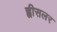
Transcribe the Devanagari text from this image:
ह्वीसलर